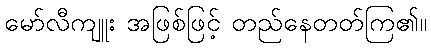
မော်လီကျူး အဖြစ်ဖြင့် တည်နေတတ်ကြ၏။